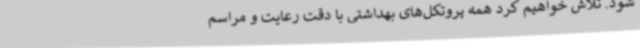
شود. تلاش خواهیم کرد همه پروتکل‌های بهداشتی با دقت رعایت و مراسم